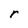
Character: r